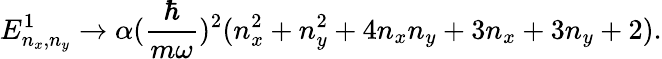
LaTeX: E_{n_{x},n_{y}}^{1}\rightarrow\alpha({\frac{\hbar}{m\omega}})^{2}(n_{x}^{2}+n_{y}^{2}+4n_{x}n_{y}+3n_{x}+3n_{y}+2).